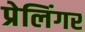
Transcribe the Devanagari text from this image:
प्रेलिंगर